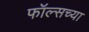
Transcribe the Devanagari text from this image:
फॉल्सच्या